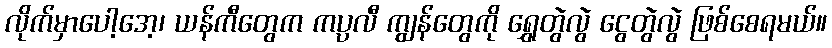
လိုက်မှာပေါ့အေ့၊ ယန်ကီတွေက ကပ္ပလီ ကျွန်တွေကို ရွှေတွဲလွဲ ငွေတွဲလွဲ ဖြစ်စေရမယ်။